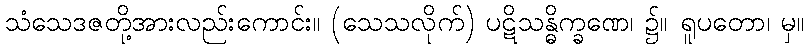
သံသေဒဇတို့အားလည်းကောင်း။ (သေသလိုက်) ပဋိသန္ဓိက္ခဏေ၊ ၌။ ရူပတော၊ မှ။